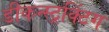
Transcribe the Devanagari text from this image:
डीकन्स्ट्रक्टिंग